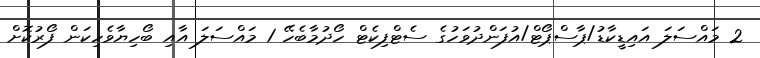
2 މައްސަލަ އައިޑީކާޑު/ޕާސްޕޯޓް/އުފަންދުވަހުގެ ސެޓްފިކެޓް ހޯދުމާބެހޭ 1 މައްސަލަ އާއި ބޯހިޔާވެހިކަން ފޯރުކޮށް